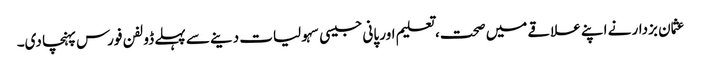
عثمان بزدار نے اپنے علاقے میں صحت، تعلیم اور پانی جیسی سہولیات دینے سے پہلے ڈولفن فورس پہنچا دی۔